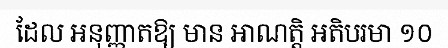
ដែល អនុញ្ញាតឱ្យ មាន អាណត្តិ អតិបរមា ១០